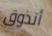
أتذوق